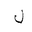
Letter: _lam